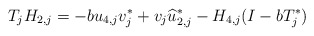
\begin{align*} T_jH_{2,j}= -bu_{4,j}v_{j}^* + v_j \widehat u_{2,j}^* - H_{4,j}(I-bT_j^*) \end{align*}